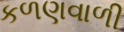
કળણવાળી